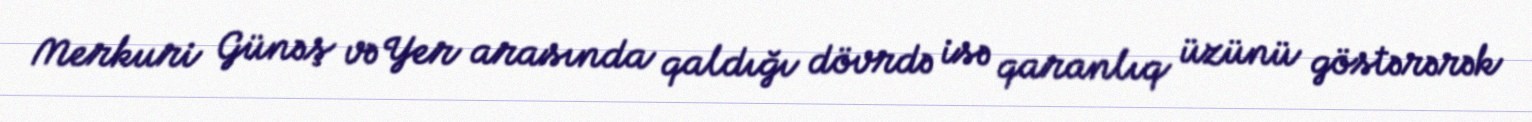
Merkuri Günəş və Yer arasında qaldığı dövrdə isə qaranlıq üzünü göstərərək